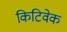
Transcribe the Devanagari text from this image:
किटिवेक